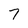
Character: 7